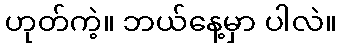
ဟုတ်ကဲ့။ ဘယ်နေ့မှာ ပါလဲ။